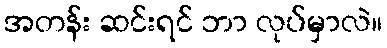
အတန်း ဆင်းရင် ဘာ လုပ်မှာလဲ။